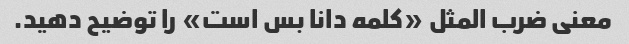
معنی ضرب المثل «کلمه دانا بس است» را توضیح دهید.